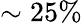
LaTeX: \sim 25\%